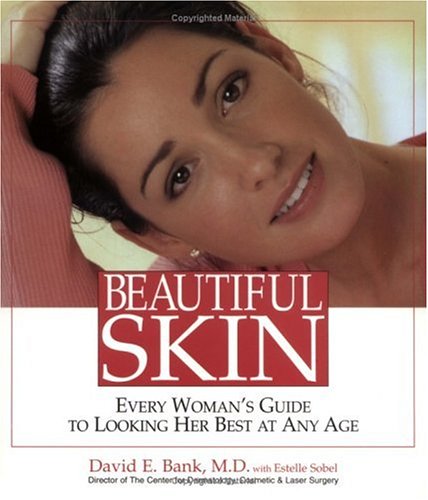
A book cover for Beautiful Skin : Every Woman's Guide To Looking Her Best At Any Age; David E. Bank M.D.; Health, Fitness & Dieting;